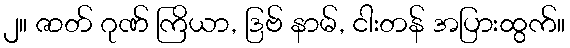
၂။ ဇာတ် ဂုဏ် ကြိယာ, ဒြဗ် နာမ်, ငါးတန် အပြားထွက်။